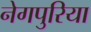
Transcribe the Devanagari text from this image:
नेगपुरिया